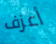
أعزف